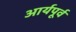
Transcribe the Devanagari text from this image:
आर्यपूर्व